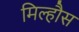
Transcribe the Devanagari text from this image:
मिल्हौस